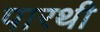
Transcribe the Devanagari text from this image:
पारथी